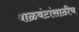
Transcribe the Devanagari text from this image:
वाळवंटांसाठीच